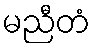
မညီတံ